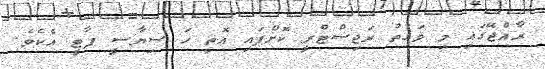
ރާއްޖޭގައި މި ވަގުތު ރަޖިސްޓްރީ ކޮށްފައި އޮތީ ހަ ސިޔާސީ ޕާޓީ އެކެވެ.